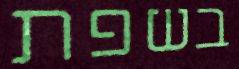
בשפת